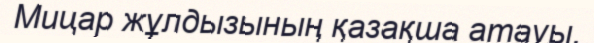
Мицар жұлдызының қазақша атауы.